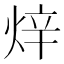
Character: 𤈼